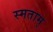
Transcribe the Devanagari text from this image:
स्मताम्